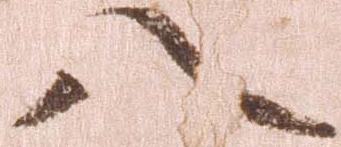
八